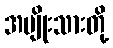
အမျိုးသားတို့